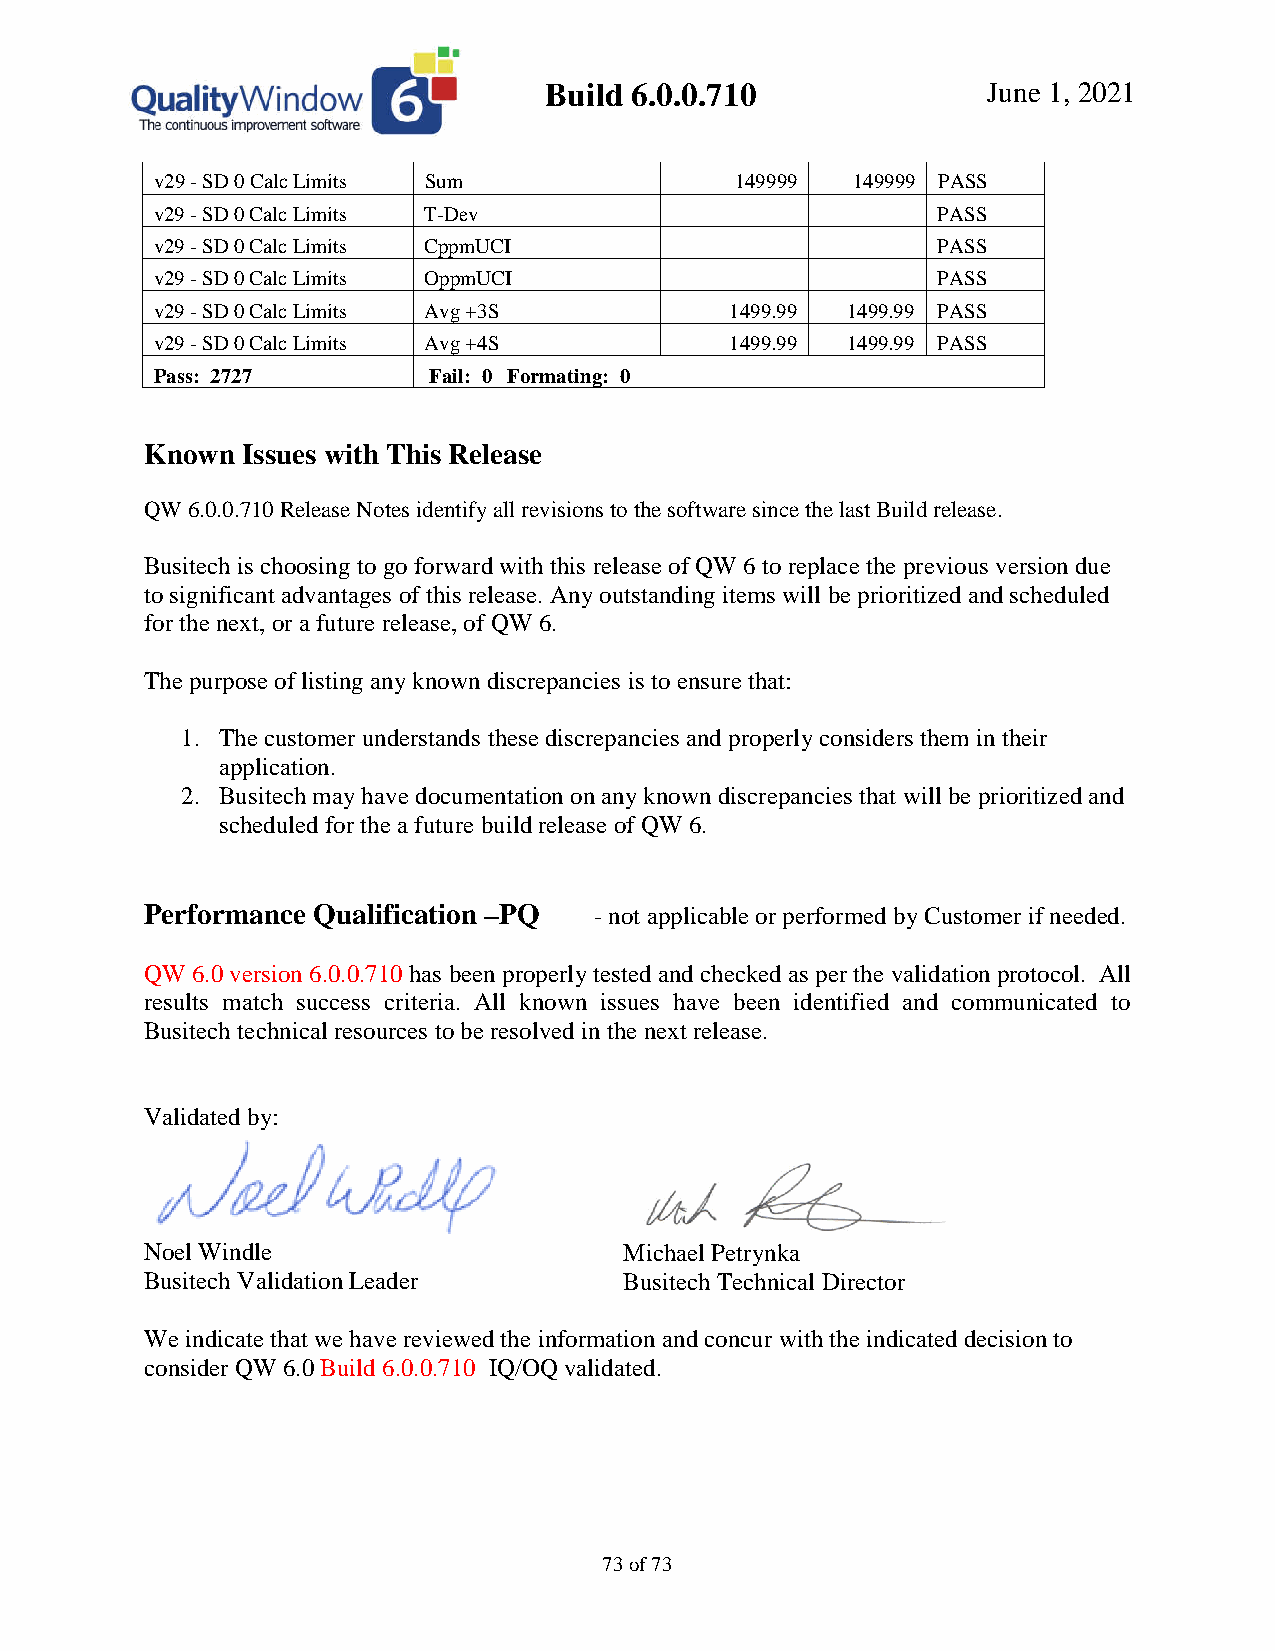
Build 6.0.0.710              June 1, 2021
 v29 - SD 0 Calc Limits Sum             149999 149999 PASS
 v29 - SD 0 Calc Limits T-Dev                        PASS
 v29 - SD 0 Calc Limits CppmUCI                      PASS
 v29 - SD 0 Calc Limits OppmUCI                      PASS
 v29 - SD 0 Calc Limits Avg +3S        1499.99 1499.99 PASS
 v29 - SD 0 Calc Limits Avg +4S        1499.99 1499.99 PASS
 Pass: 2727        Fail: 0 Formating: 0
 Known Issues with This Release
 QW 6.0.0.710 Release Notes identify all revisions to the software since the last Build release.
 Busitech is choosing to go forward with this release of QW 6 to replace the previous version due
 to significant advantages of this release. Any outstanding items will be prioritized and scheduled
 for the next, or a future release, of QW 6.
 The purpose of listing any known discrepancies is to ensure that:
 1. The customer understands these discrepancies and properly considers them in their
 application.
 2. Busitech may have documentation on any known discrepancies that will be prioritized and
 scheduled for the a future build release of QW 6.
 Performance Qualification –PQ - not applicable or performed by Customer if needed.
 QW 6.0 version 6.0.0.710 has been properly tested and checked as per the validation protocol. All
 results match success criteria. All known issues have been identified and communicated to
 Busitech technical resources to be resolved in the next release.
 Validated by:
 Noel Windle                    Michael Petrynka
 Busitech Validation Leader     Busitech Technical Director
 We indicate that we have reviewed the information and concur with the indicated decision to
 consider QW 6.0 Build 6.0.0.710 IQ/OQ validated.
 73 of 73